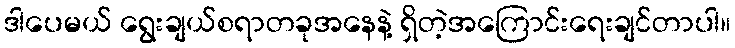
ဒါပေမယ် ရွေးချယ်စရာတခုအနေနဲ့ ရှိတဲ့အကြောင်းရေးချင်တာပါ။